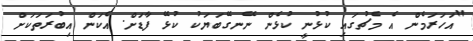
"އަހަރަމެން އެ މެޗުގައި ކުޅުނީ ކުޅެން ނޭނގޭބަޔަކު ކުޅޭ ފާޑަށް. އެކަން އިބުރަތަކަށް